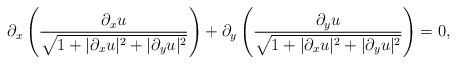
LaTeX: \begin{align*}\partial_x\left(\frac{\partial_x u}{\sqrt{1+|\partial_x u|^2+|\partial_yu|^2}}\right)+\partial_y\left(\frac{\partial_y u}{\sqrt{1+|\partial_x u|^2+|\partial_yu|^2}}\right)=0,\end{align*}